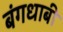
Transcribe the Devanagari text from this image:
बंगधाबी